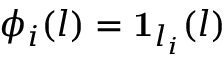
\phi _ { i } ( l ) = \mathbf { 1 } _ { l _ { i } } ( l )